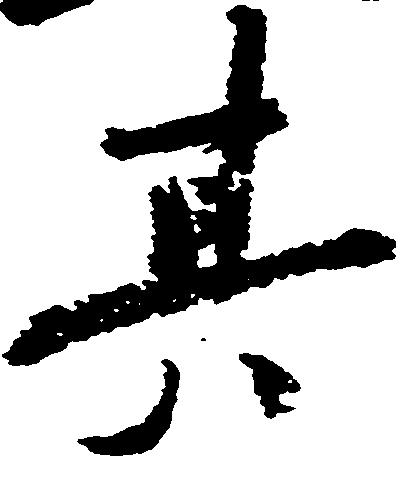
其